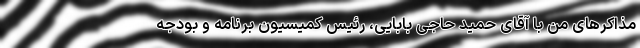
مذاکرهای من با آقای حمید حاجی بابایی، رئیس کمیسیون برنامه و بودجه